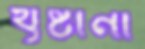
খৃষ্টানী